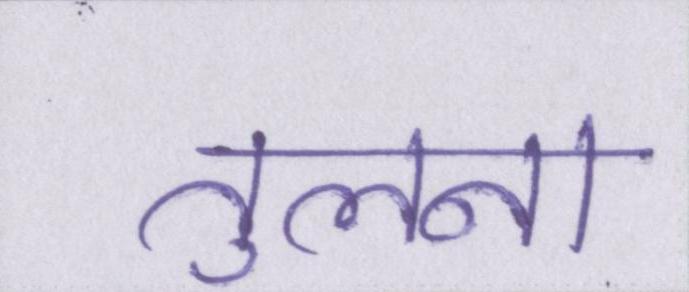
तुलना